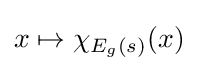
x\mapsto \chi _{E_{g}(s)}(x)